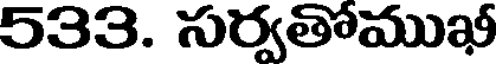
533. సర్వతోముఖీ